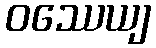
ဝဿေယျ